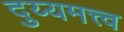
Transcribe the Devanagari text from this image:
दुय्यमत्त्व